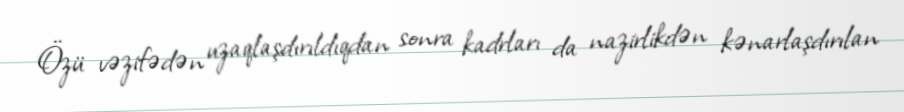
Özü vəzifədən uzaqlaşdırıldıqdan sonra kadrları da nazirlikdən kənarlaşdırılan